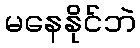
မနေနိုင်ဘဲ